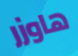
هاوزر